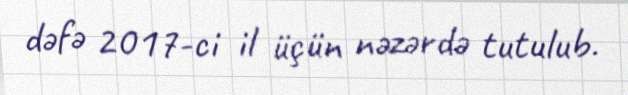
dəfə 2017-ci il üçün nəzərdə tutulub.